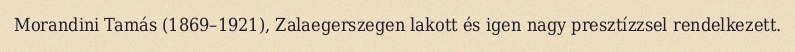
Morandini Tamás (1869–1921), Zalaegerszegen lakott és igen nagy presztízzsel rendelkezett.